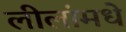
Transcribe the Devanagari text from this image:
लीलांमधे